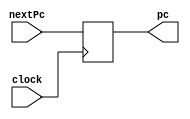
`timescale 1ns / 1ps
//////////////////////////////////////////////////////////////////////////////////
// Company: 
// Engineer: 
// 
// Design Name: 
// Module Name: PC
// Project Name: 
// Target Devices: 
// Tool Versions: 
// Description: 
// 
// Dependencies: 
// 
// Revision:
// Revision 0.01 - File Created
// Additional Comments:
// 
//////////////////////////////////////////////////////////////////////////////////


module PC(
    input clock,
    input [31:0] nextPc,
    
    output reg [31:0] pc = 32'd100
    );
    
    always @(posedge clock)
    begin
    pc <= nextPc;  
    end
    
endmodule